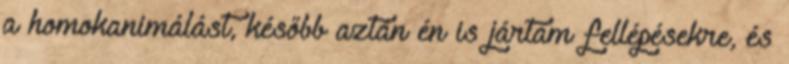
a homokanimálást, később aztán én is jártam fellépésekre, és